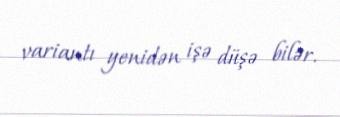
variantı yenidən işə düşə bilər.